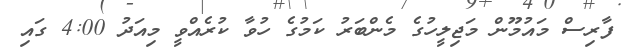
ފާރިސް މައުމޫން މަޖިލީހުގެ މެންބަރު ކަމުގެ ހުވާ ކުރެއްވީ މިއަދު 4:00 ގައި